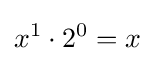
x^{1}\cdot 2^{0}=x